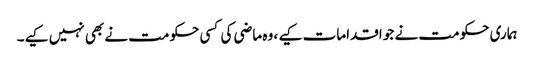
ہماری حکومت نے جو اقدامات کیے ، وہ ماضی کی کسی حکومت نے بھی نہیں کیے۔